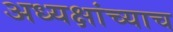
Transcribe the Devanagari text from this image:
अध्यक्षांच्याच